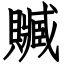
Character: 贓